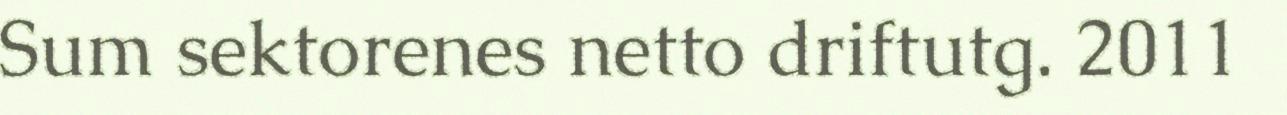
Sum sektorenes netto driftutg. 2011